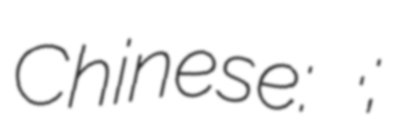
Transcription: Chinese: 比爾加·哈通;